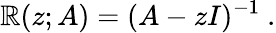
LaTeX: \mathbb{R}(z;A)=(A-zI)^{-1}~.